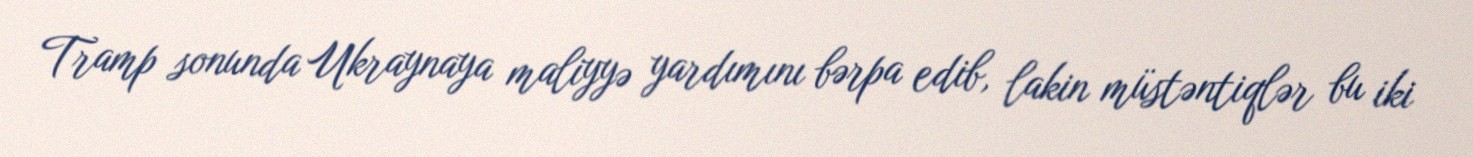
Tramp sonunda Ukraynaya maliyyə yardımını bərpa edib, lakin müstəntiqlər bu iki